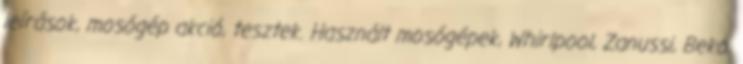
leírások, mosógép akció, tesztek. Használt mosógépek, Whirlpool, Zanussi, Beko,